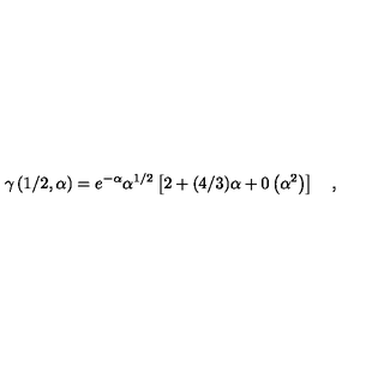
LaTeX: \gamma \left( 1 / 2 , \alpha \right) = e ^ { - \alpha } \alpha ^ { 1 / 2 } \left[ 2 + ( 4 / 3 ) \alpha + 0 \left( \alpha ^ { 2 } \right) \right] \quad ,